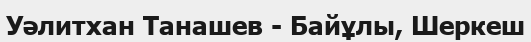
Уәлитхан Танашев - Байұлы, Шеркеш